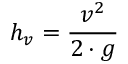
h _ { v } = { \frac { v ^ { 2 } } { 2 \cdot g } }